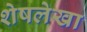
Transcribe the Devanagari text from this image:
शेषलेखा